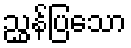
ညွှန်ပြသော